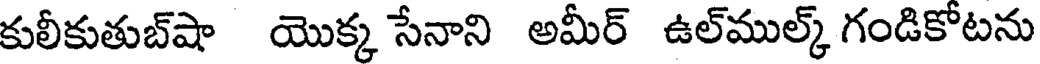
కులీకుతుబ్షా యొక్క సేనాని అమీర్ ఉల్ముల్క్ గండికోటను